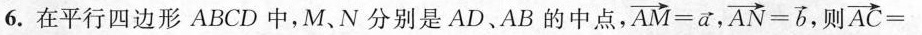
6.在平行四边形ABCD中，M、N分别是AD、AB的中点,$$\overrightarrow{AM}=\overrightarrow{a},\overrightarrow{AN}=\overrightarrow{b}$$ ，则 $$\overrightarrow{AC}=